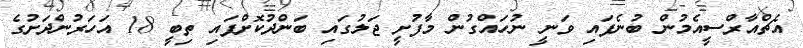
އެޗްއާރްސީއެމުން ބުނެފައި ވަނީ ނުހައްގުން މާފުށީ ޖަލުގައި ބަންދުކޮށްފައި ތިބީ 18 އަހަރުންދަށުގެ